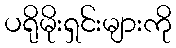
ပရိုမိုးရှင်းများကို